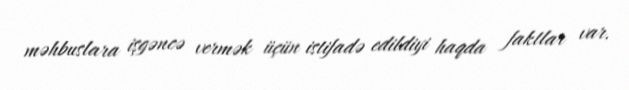
məhbuslara işgəncə vermək üçün istifadə edildiyi haqda faktlar var.